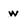
Character: W